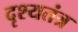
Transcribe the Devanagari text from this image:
दृश्यतंत्र